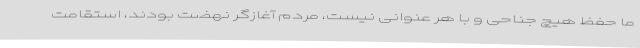
ما حفظ هیچ جناحی و با هر عنوانی نیست، مردم آغازگر نهضت بودند، استقامت